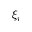
\xi _ { i }